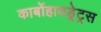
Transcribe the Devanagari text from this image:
कार्बोहायड्रेट्रस